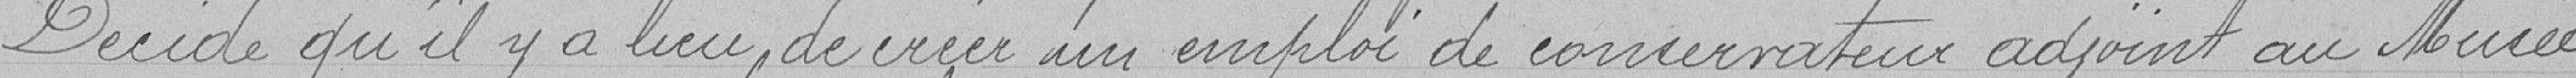
Décide qu'il y a lieu de créer un emploi de conservateur adjoint au Musée